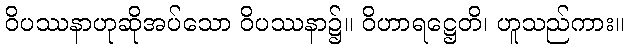
ဝိပဿနာဟုဆိုအပ်သော ဝိပဿနာ၌။ ဝိဟာရဋ္ဌေတိ၊ ဟူသည်ကား။